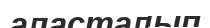
аласталып